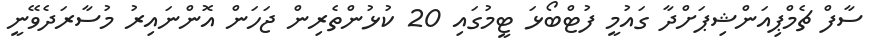
ސާފް ޗެމްޕިއަންޝިޕަށްދާ ގައުމީ ފުޓްބޯޅަ ޓީމުގައި 20 ކުޅުންތެރިން ޖަހަން އޮންނައިރު މުސާރަދެވޭނީ